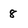
Character: 8